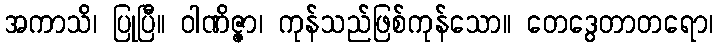
အကာသိ၊ ပြုပြီ။ ဝါဏိဇ္ဇာ၊ ကုန်သည်ဖြစ်ကုန်သော။ တေဒွေတာတရော၊